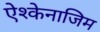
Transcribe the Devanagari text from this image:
ऐश्केनाजिम